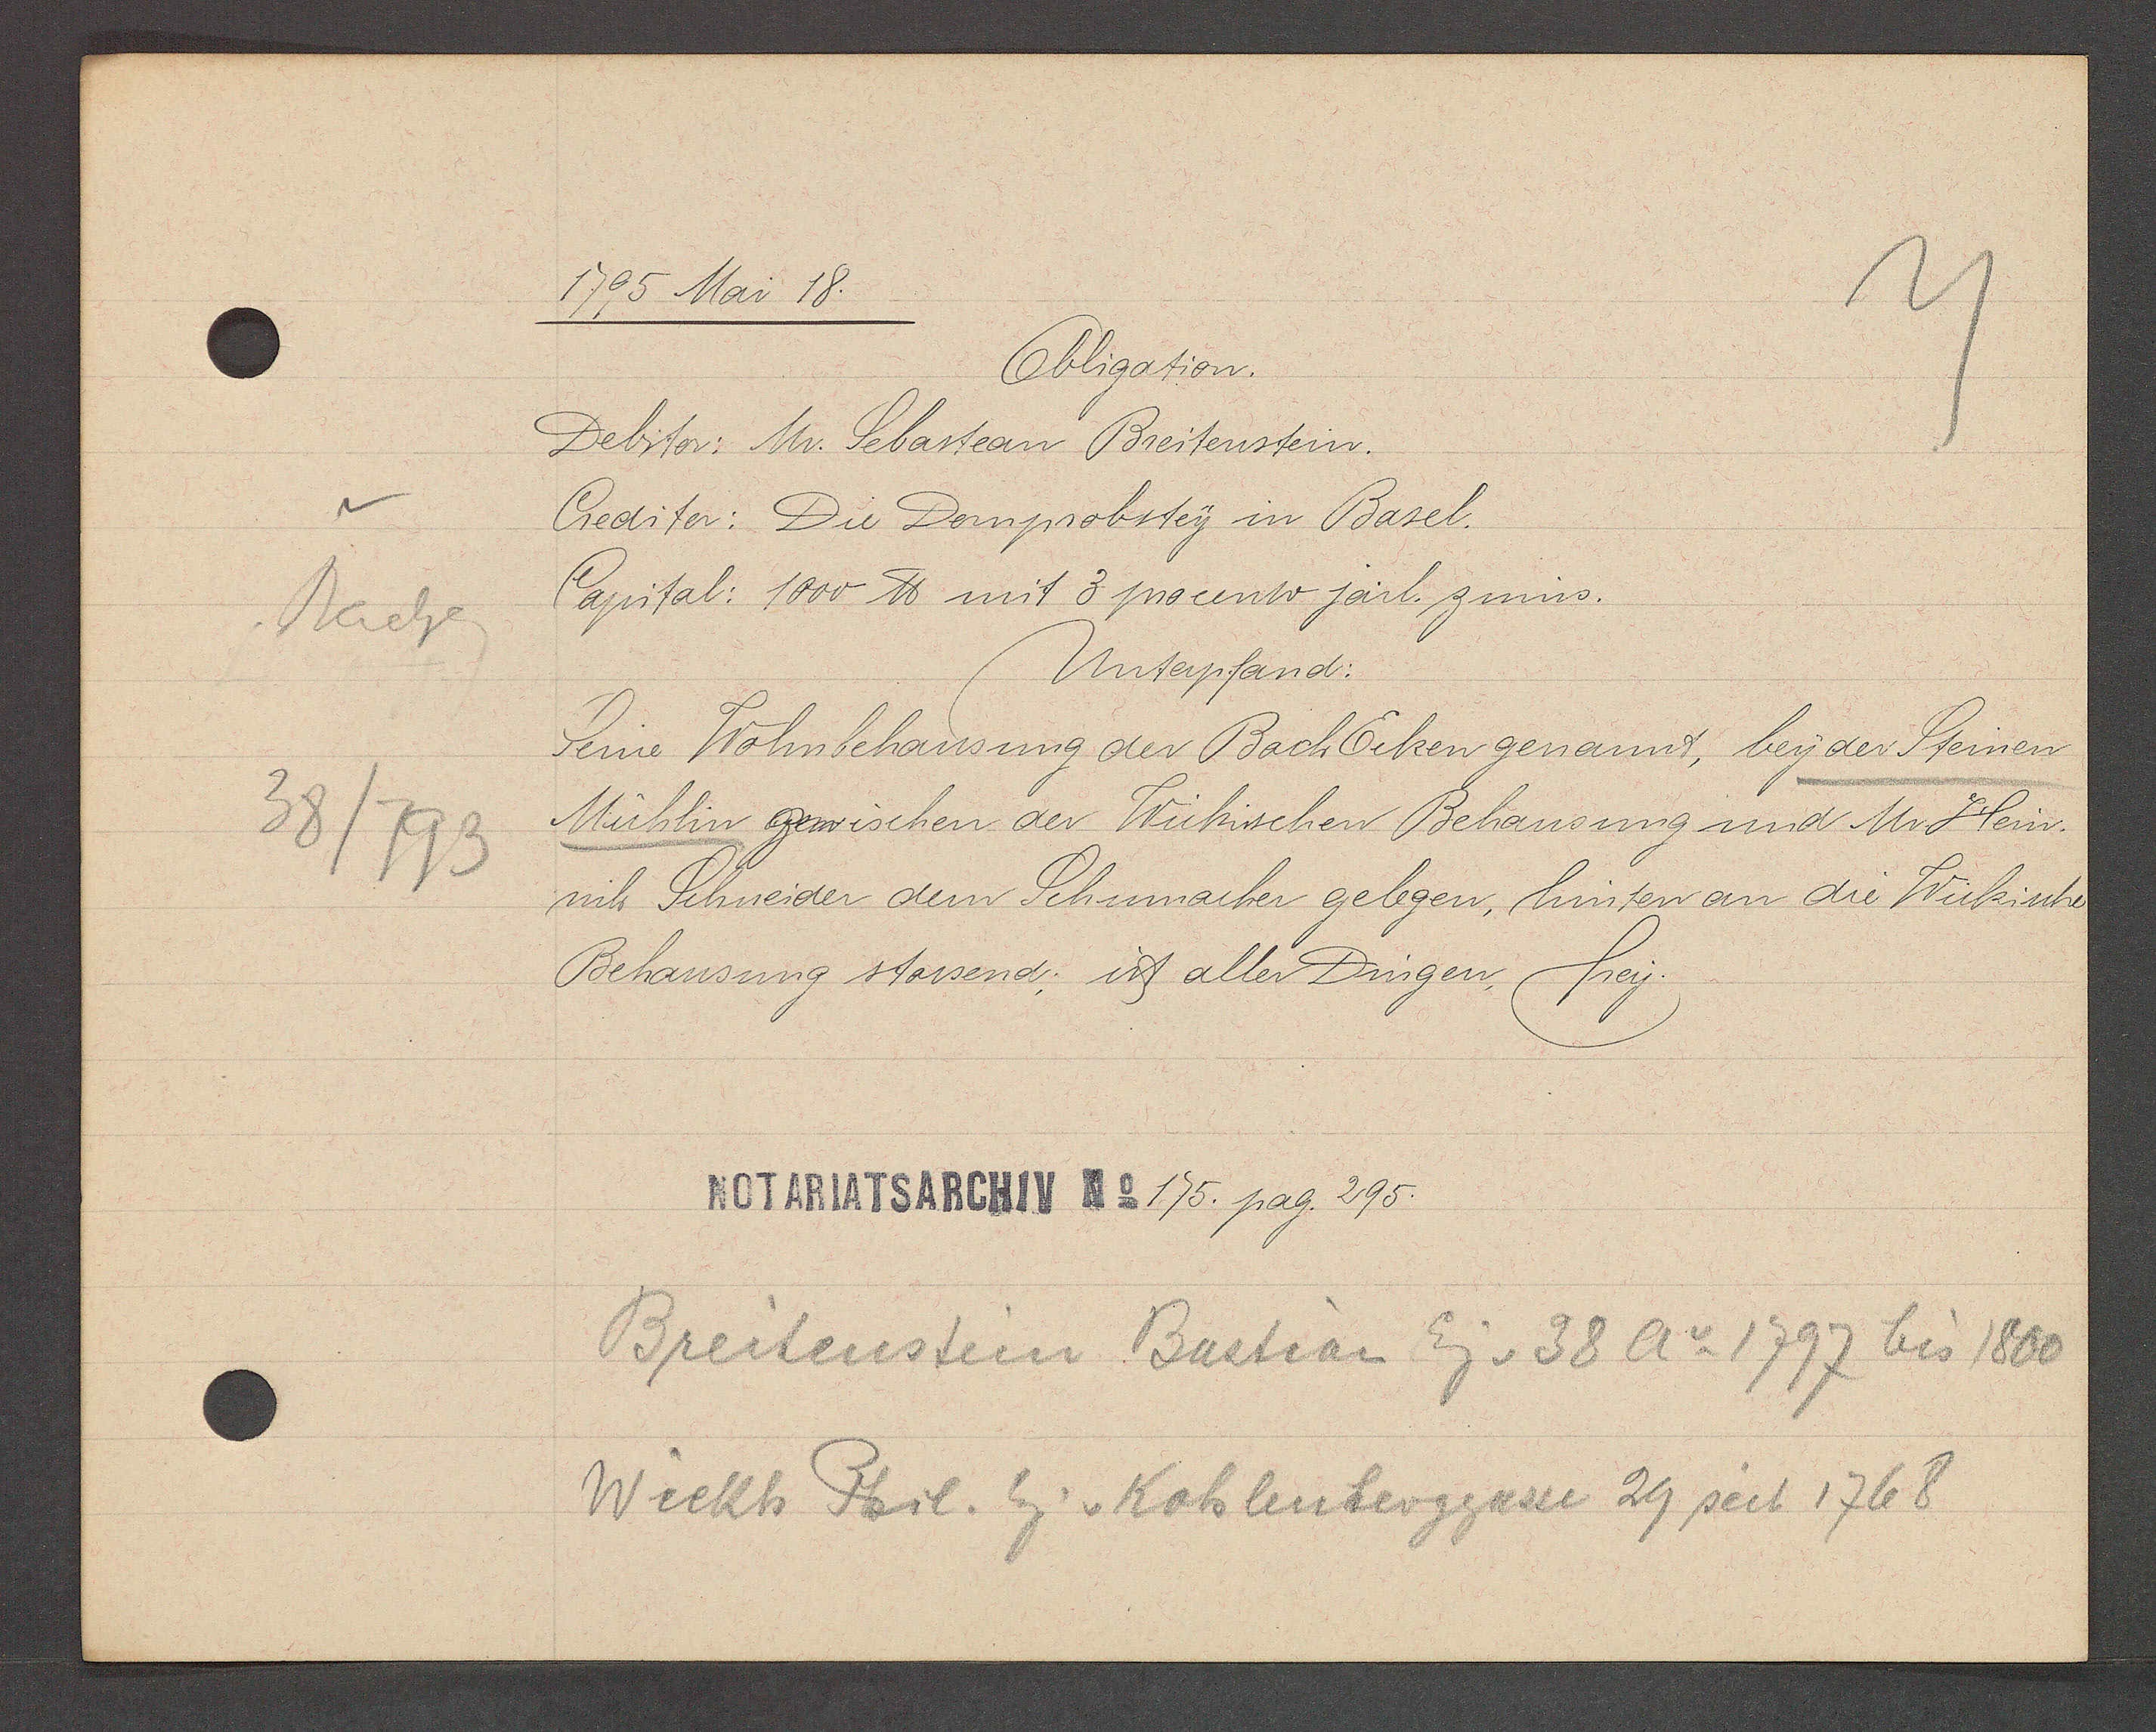
Transcript:
Bachg

38/793

1795 Mai 18.

Obligation.
Debitor: Mr. Sebastean Breitenstein.
Crediter: Die Domprobstey in Basel.
Capital: 1000 ℔ mit 3 procento järl. zinns.
Unterpfand:
Seine Wohnbehausung des Bach Ecken genannt, bey der Steinen
Mühlin, zwischen der Wickischen Behausung und Mr Hein
rich Schneider dem Schumacher gelegen, hinten an die Wickische
Behausung stossend; ist aller Dingen, frey.

Notariatsarchiv No 175. pag. 295.

Breitenstein Bastean Eig v. 38 Ao 1797 bis 1800
Wickh Phil. Eg v Kohlenberggasse 29 seit 1768